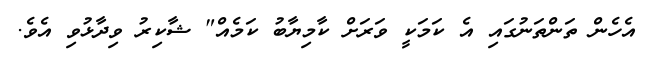
އެހެން ތަންތަނުގައި އެ ކަމަކީ ވަރަށް ކާމިޔާބު ކަމެއް" ޝާކިރު ވިދާޅުވި އެވެ.